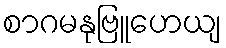
စာဂမနုဗြူဟေယျ